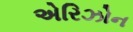
એરિઝોન